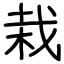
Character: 栽